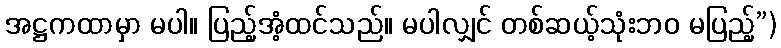
အဋ္ဌကထာမှာ မပါ။ ပြည့်အံ့ထင်သည်။ မပါလျှင် တစ်ဆယ့်သုံးဘဝ မပြည့်”)